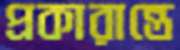
প্রকারান্তে